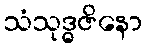
သံသုဒ္ဓဇိနော